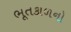
ભૂતકાળનો